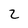
Character: 2